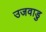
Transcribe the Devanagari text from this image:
उजवाडु